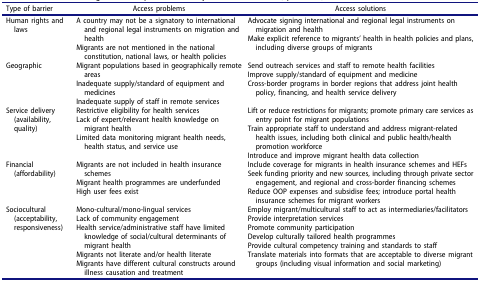
<table><thead><tr><td><b>Type of barrier</b></td><td><b>Access problems</b></td><td><b>Access solutions</b></td></tr></thead><tbody><tr><td>Human rights and laws</td><td>A country may not be a signatory to international and regional legal instruments on migration and healthMigrants are not mentioned in the national constitution, national laws, or health policies</td><td>Advocate signing international and regional legal instruments on migration and healthMake explicit reference to migrants’ health in health policies and plans, including diverse groups of migrants</td></tr><tr><td>Geographic</td><td>Migrant populations based in geographically remote areasInadequate supply/standard of equipment and medicinesInadequate supply of staff in remote services</td><td>Send outreach services and staff to remote health facilitiesImprove supply/standard of equipment and medicineCross-border programs in border regions that address joint health policy, financing, and health service delivery</td></tr><tr><td>Service delivery (availability, quality)</td><td>Restrictive eligibility for health servicesLack of expert/relevant health knowledge on migrant healthLimited data monitoring migrant health needs, health status, and service use</td><td>Lift or reduce restrictions for migrants; promote primary care services as entry point for migrant populationsTrain appropriate staff to understand and address migrant-related health issues, including both clinical and public health/health promotion workforceIntroduce and improve migrant health data collection</td></tr><tr><td>Financial (affordability)</td><td>Migrants are not included in health insurance schemesMigrant health programmes are underfundedHigh user fees exist</td><td>Include coverage for migrants in health insurance schemes and HEFsSeek funding priority and new sources, including through private sector engagement, and regional and cross-border financing schemesReduce OOP expenses and subsidise fees; introduce portal health insurance schemes for migrant workers</td></tr><tr><td>Sociocultural (acceptability, responsiveness)</td><td>Mono-cultural/mono-lingual servicesLack of community engagementHealth service/administrative staff have limited knowledge of social/cultural determinants of migrant healthMigrants not literate and/or health literateMigrants have different cultural constructs around illness causation and treatment</td><td>Employ migrant/multicultural staff to act as intermediaries/facilitatorsProvide interpretation servicesPromote community participationDevelop culturally tailored health programmesProvide cultural competency training and standards to staffTranslate materials into formats that are acceptable to diverse migrant groups (including visual information and social marketing)</td></tr></tbody></table>